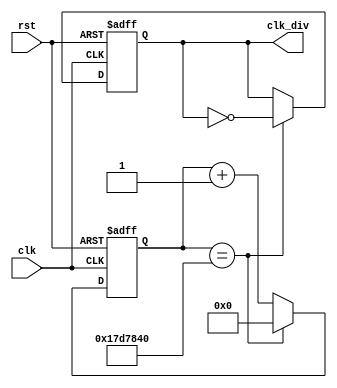
`timescale 1ns / 1ps
//////////////////////////////////////////////////////////////////////////////////
// Company: 
// Engineer: 
// 
// Design Name: 
// Module Name:    clkdiv 
// Project Name: 
// Target Devices: 
// Tool versions: 
// Description: 
//
// Dependencies: 
//
// Revision: 
// Revision 0.01 - File Created
// Additional Comments: 
//
//////////////////////////////////////////////////////////////////////////////////
//rtl
module clkdiv_2hz
    (
    input rst,
    input clk,
    output reg clk_div
    );
    reg [31:0] cnt;
	always @(posedge clk or posedge rst)begin
		if(rst) begin
			cnt <= 32'b0;
			clk_div <= 1'b0;
		end
		else if(cnt == 32'd25000000)begin
			clk_div <= ~clk_div;
			cnt <= 32'b0;
		end
		else begin
			cnt <= cnt + 32'b1;
		end
	end
endmodule